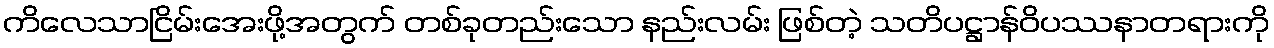
ကိလေသာငြိမ်းအေးဖို့အတွက် တစ်ခုတည်းသော နည်းလမ်း ဖြစ်တဲ့ သတိပဋ္ဌာန်ဝိပဿနာတရားကို